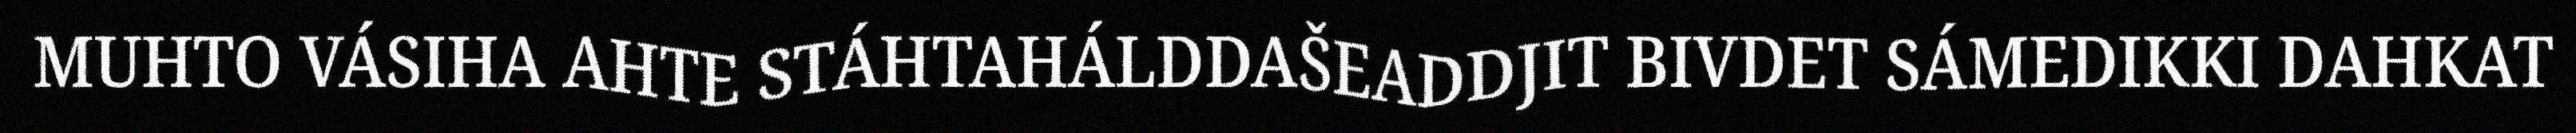
MUHTO VÁSIHA AHTE STÁHTAHÁLDDAŠEADDJIT BIVDET SÁMEDIKKI DAHKAT